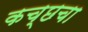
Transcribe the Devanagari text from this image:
कच्छचा